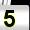
Digit: 5